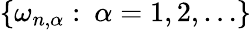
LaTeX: \{ \omega_{n,\alpha}:\: \alpha=1,2,\ldots\}